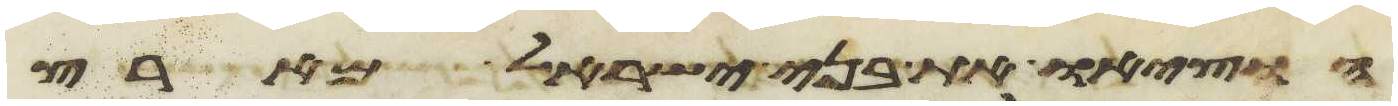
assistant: הוציאו את בני ישראל מארץ